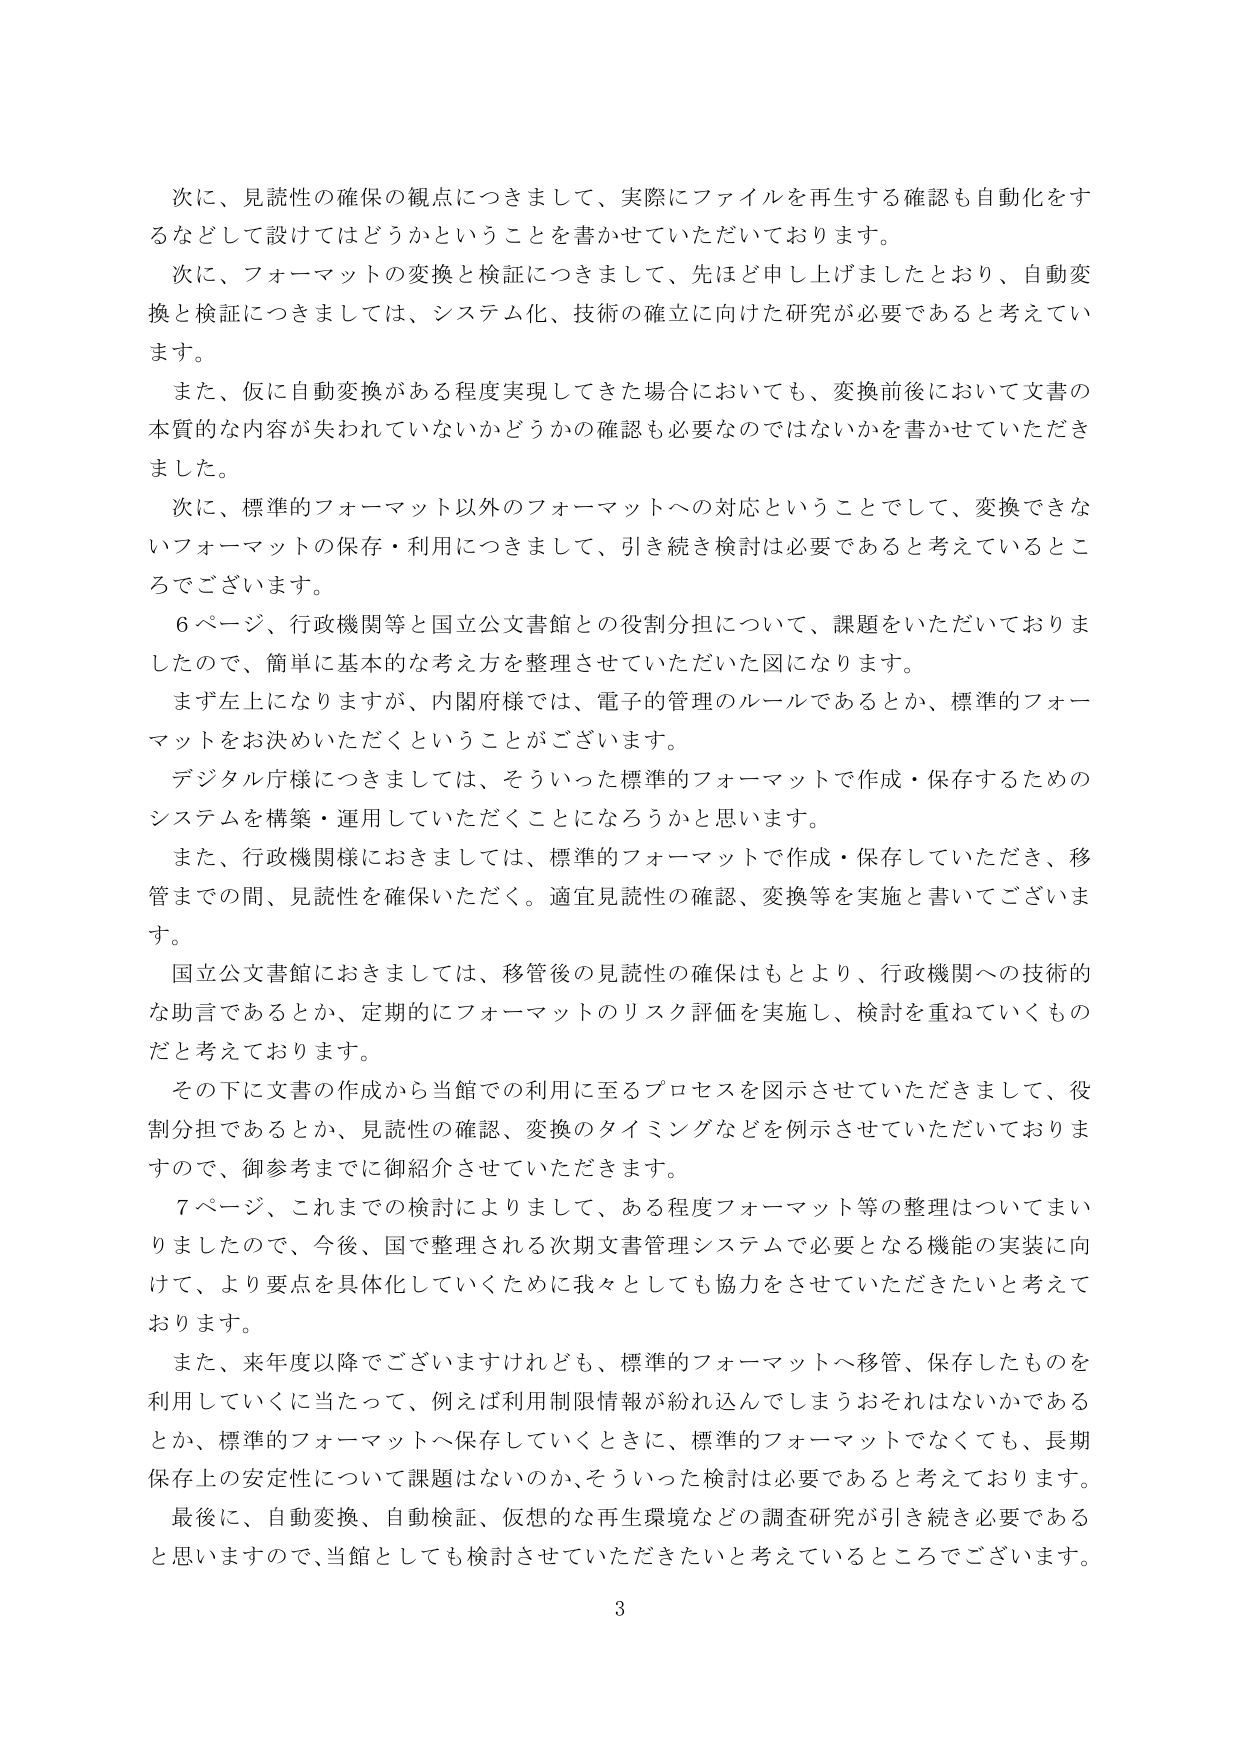
次に、見読性の確保の観点につきまして、実際にファイルを再生する確認も自動化をするなどして設けてはどうかということを書かせていただいております。

次に、フォーマットの変換と検証につきまして、先ほど申し上げましたとおり、自動変換と検証につきましては、システム化、技術の確立に向けた研究が必要であると考えています。

また、仮に自動変換がある程度実現してきた場合においても、変換前後において文書の本質的な内容が失われていないかどうかの確認も必要なのではないかと書かせていただきました。

次に、標準的フォーマット以外のフォーマットへの対応ということでして、変換できないフォーマットの保存・利用につきまして、引き続き検討は必要であると考えているところでございます。

6ページ、行政機関等と国立公文書館との役割分担について、課題をいただいておりましたので、簡単に基本的な考え方を整理させていただいた図になります。

まず左上になりますが、内閣府様では、電子的管理のルールであるとか、標準的フォーマットをお決めいただくということがございます。

デジタル庁様につきましては、そういった標準的フォーマットで作成・保存するためのシステムを構築・運用していただくことになろうかと思います。

また、行政機関様におきましては、標準的フォーマットで作成・保存していただき、移管までの間、見読性を確保いただく。適宜見読性の確認、変換等を実施と書いてございます。

国立公文書館におきましては、移管後の見読性の確保はもとより、行政機関への技術的な助言であるとか、定期的にフォーマットのリスク評価を実施し、検討を重ねていくものだと考えております。

その下に文書の作成から当館での利用に至るプロセスを図示させていただきまして、役割分担であるとか、見読性の確認、変換のタイミングなどを例示させていただいておりますので、御参考までに御紹介させていただきます。

7ページ、これまでの検討によりまして、ある程度フォーマット等の整理はついてまいりましたので、今後、国で整理される次期文書管理システムで必要となる機能の実装に向けて、より要点を具体化していくために我々としても協力をさせていただきたいと考えております。

また、来年度以降でございますけれども、標準的フォーマットへ移管、保存したものを利用していくに当たって、例えば利用制限情報が紛れ込んでしまうおそれはないかであるとか、標準的フォーマットへ保存していくときに、標準的フォーマットでなくても、長期保存上の安定性について課題はないのか、そういった検討は必要であると考えております。

最後に、自動変換、自動検証、仮想的な再生環境などの調査研究が引き続き必要であると思いますので、当館としても検討させていただきたいと考えているところでございます。

3